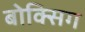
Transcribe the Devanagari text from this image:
बोक्सिग